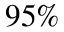
9 5 \%